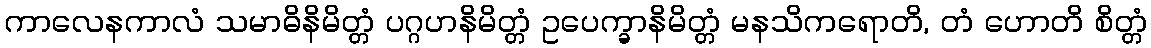
ကာလေနကာလံ သမာဓိနိမိတ္တံ ပဂ္ဂဟနိမိတ္တံ ဥပေက္ခာနိမိတ္တံ မနသိကရောတိ, တံ ဟောတိ စိတ္တံ